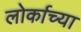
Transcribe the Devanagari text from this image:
लोर्काच्या